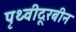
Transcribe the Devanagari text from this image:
पृथ्वीदूरबीन